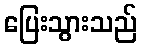
ပြေးသွားသည်